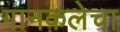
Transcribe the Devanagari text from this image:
गानकलेचा